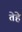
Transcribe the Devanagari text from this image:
तेहे